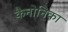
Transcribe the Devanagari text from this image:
कैनोनिका